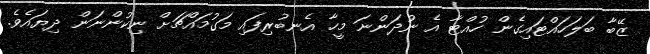
ޒޭބާ ބަލަހައްޓައިގެން ހުއްޓާ އެ ނުދަންނަ މީހާ އެނބުރިފައި މަގުމައްޗަށް ނިކުންނަން ދިޔައެވެ.